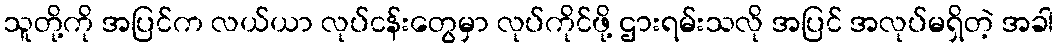
သူတို့ကို အပြင်က လယ်ယာ လုပ်ငန်းတွေမှာ လုပ်ကိုင်ဖို့ ဌားရမ်းသလို အပြင် အလုပ်မရှိတဲ့ အခါ